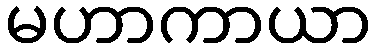
မဟာကာယာ